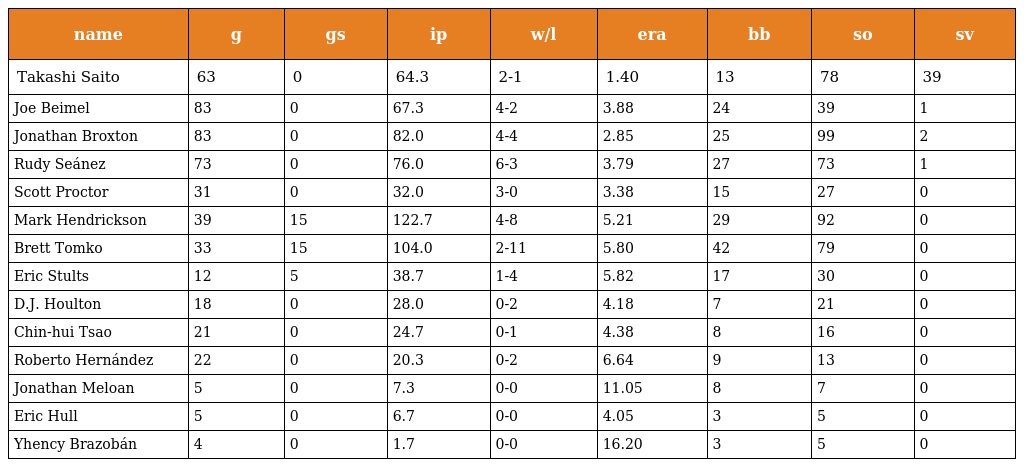
| name | g | gs | ip | w/l | era | bb | so | sv |
 | --- | --- | --- | --- | --- | --- | --- | --- | --- |
 | Takashi Saito | 63 | 0 | 64.3 | 2-1 | 1.40 | 13 | 78 | 39 |
 | Joe Beimel | 83 | 0 | 67.3 | 4-2 | 3.88 | 24 | 39 | 1 |
 | Jonathan Broxton | 83 | 0 | 82.0 | 4-4 | 2.85 | 25 | 99 | 2 |
 | Rudy Seánez | 73 | 0 | 76.0 | 6-3 | 3.79 | 27 | 73 | 1 |
 | Scott Proctor | 31 | 0 | 32.0 | 3-0 | 3.38 | 15 | 27 | 0 |
 | Mark Hendrickson | 39 | 15 | 122.7 | 4-8 | 5.21 | 29 | 92 | 0 |
 | Brett Tomko | 33 | 15 | 104.0 | 2-11 | 5.80 | 42 | 79 | 0 |
 | Eric Stults | 12 | 5 | 38.7 | 1-4 | 5.82 | 17 | 30 | 0 |
 | D.J. Houlton | 18 | 0 | 28.0 | 0-2 | 4.18 | 7 | 21 | 0 |
 | Chin-hui Tsao | 21 | 0 | 24.7 | 0-1 | 4.38 | 8 | 16 | 0 |
 | Roberto Hernández | 22 | 0 | 20.3 | 0-2 | 6.64 | 9 | 13 | 0 |
 | Jonathan Meloan | 5 | 0 | 7.3 | 0-0 | 11.05 | 8 | 7 | 0 |
 | Eric Hull | 5 | 0 | 6.7 | 0-0 | 4.05 | 3 | 5 | 0 |
 | Yhency Brazobán | 4 | 0 | 1.7 | 0-0 | 16.20 | 3 | 5 | 0 |